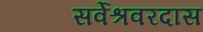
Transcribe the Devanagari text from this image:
सर्वेश्रवरदास